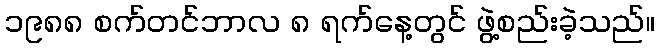
၁၉၈၈ စက်တင်ဘာလ ၈ ရက်နေ့တွင် ဖွဲ့စည်းခဲ့သည်။